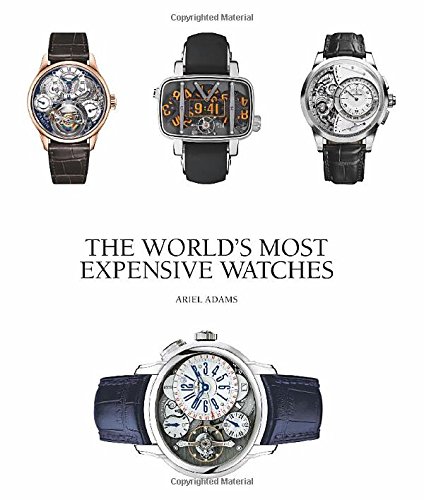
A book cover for The World's Most Expensive Watches; Ariel Adams; Crafts, Hobbies & Home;